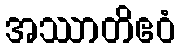
အဿာတိဧဝံ